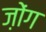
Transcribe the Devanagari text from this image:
ज़ोंग